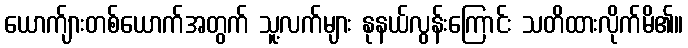
ယောက်ျားတစ်ယောက်အတွက် သူ့လက်များ နုနယ်လွန်းကြောင်း သတိထားလိုက်မိ၏။